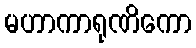
မဟာကာရုဏိကော